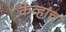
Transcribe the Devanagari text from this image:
केव्हांच